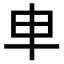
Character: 𠦆